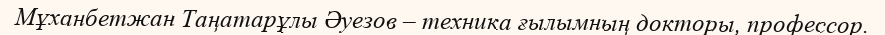
Мұханбетжан Таңатарұлы Әуезов – техника ғылымның докторы, профессор.